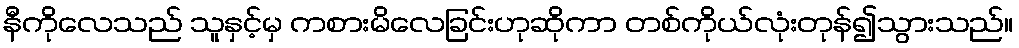
နီကိုလေသည် သူနှင့်မှ ကစားမိလေခြင်းဟုဆိုကာ တစ်ကိုယ်လုံးတုန်၍သွားသည်။